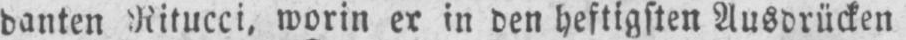
danten Ritucci, worin er in den heftigsten Ausdrücken